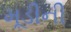
મૂડીની